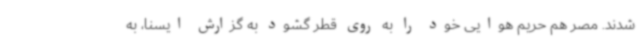
شدند. مصر هم حریم هوایی خود را به روی قطر گشود به گزارش ایسنا، به